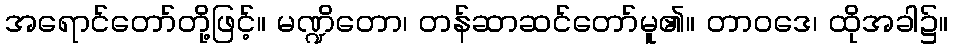
အရောင်တော်တို့ဖြင့်။ မဏ္ဍိတော၊ တန်ဆာဆင်တော်မူ၏။ တာဝဒေ၊ ထိုအခါ၌။